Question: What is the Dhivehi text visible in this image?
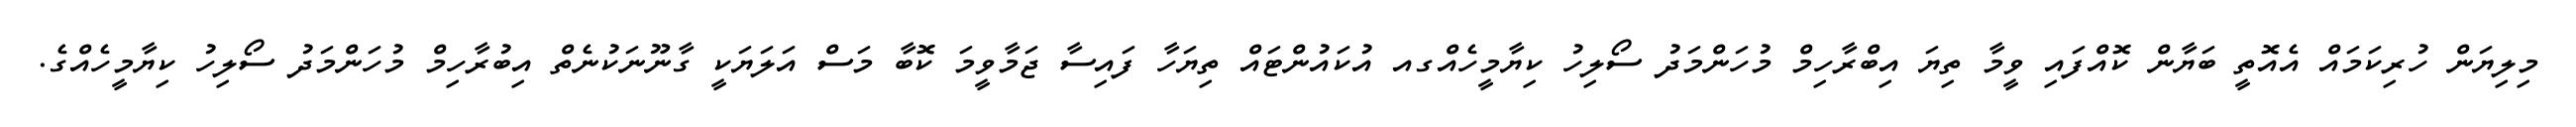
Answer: މިލިޔަން ހުރިކަމައް އެއޮތީ ބަޔާން ކޮއްފައި ވީމާ ތިޔަ އިބްރާހިމް މުހަންމަދު ސޯލިހު ކިޔާމީހެއްގއ އުކައުންޓައް ތިޔަހާ ފައިސާ ޖަމާވީމަ ކޮބާ މަސް އަލަޔަކީ ގާނޫނަކުނެތް އިބުރާހިމް މުހަންމަދު ސޯލިހު ކިޔާމީހެއްގެ.